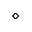
\diamond